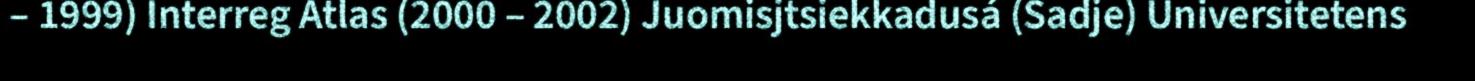
– 1999) Interreg Atlas (2000 – 2002) Juomisjtsiekkadusá (Sadje) Universitetens